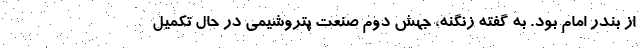
از بندر امام بود. به گفته زنگنه، جهش دوم صنعت پتروشیمی در حال تکمیل